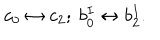
LaTeX: c _ { 0 } \leftrightarrow c _ { 2 } ; \ b _ { 0 } ^ { I } \leftrightarrow b _ { 2 } ^ { I } .